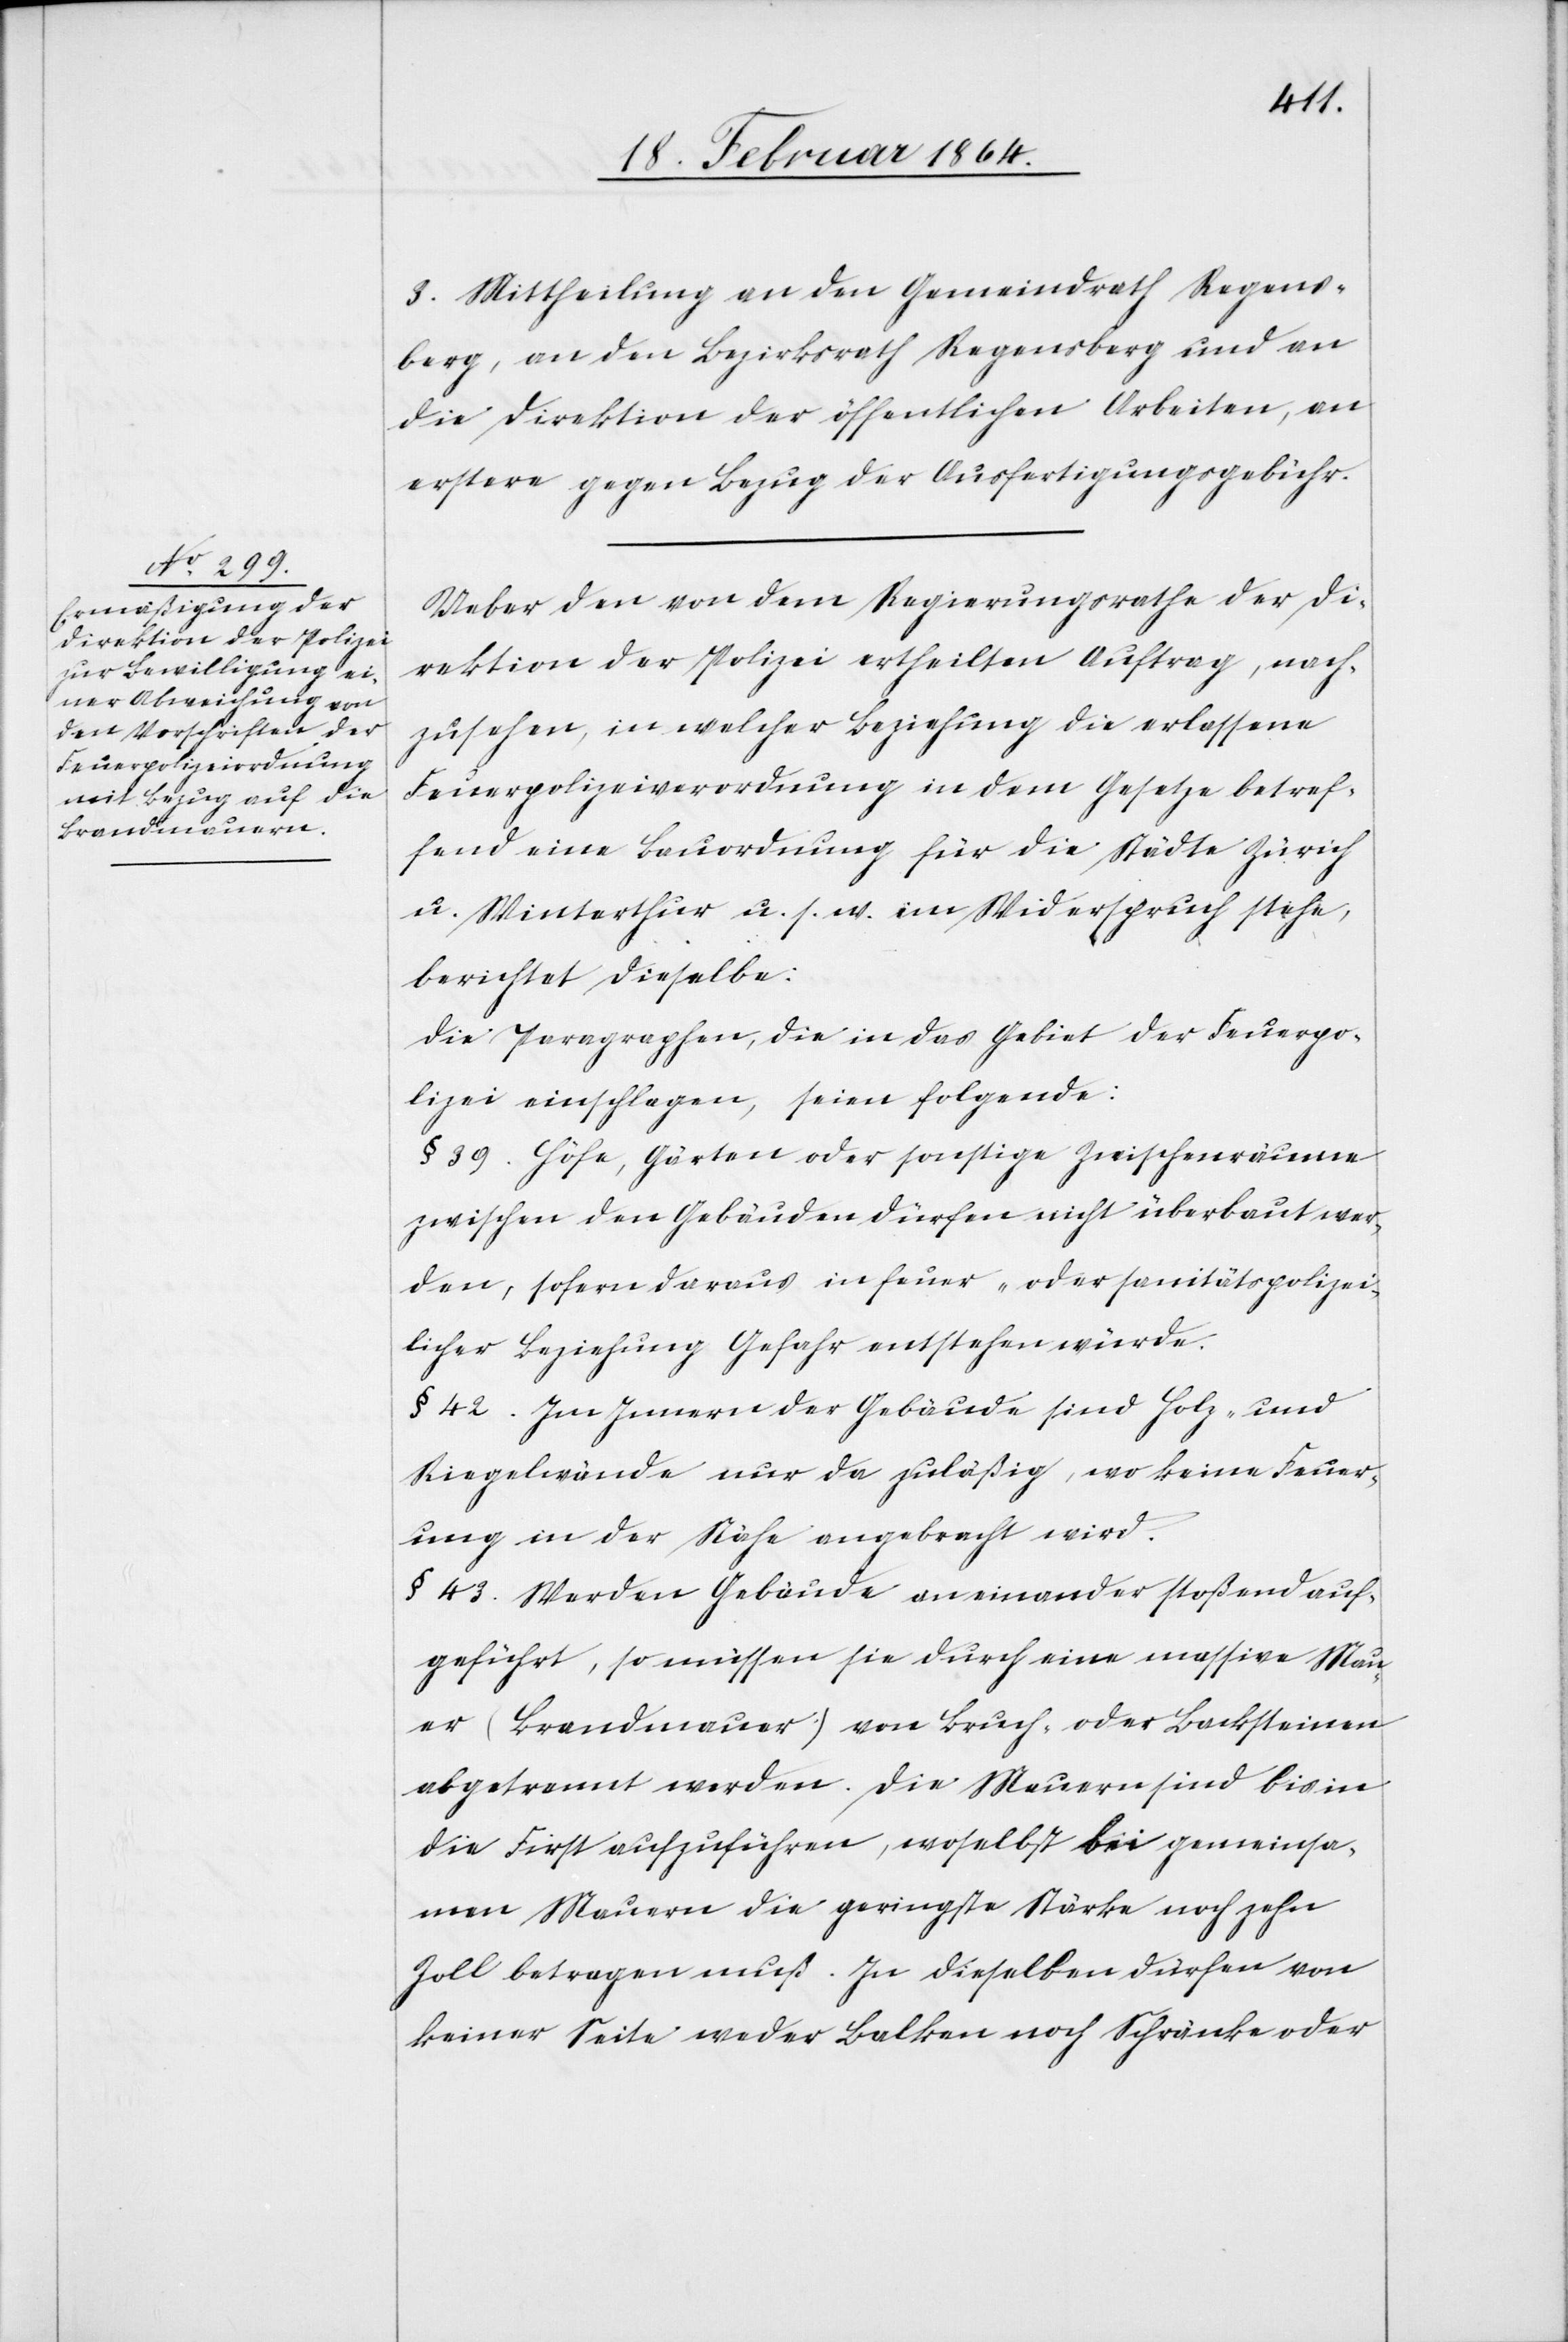
polizei¬
3. Mittheilung an den Gemeindrath Regens¬
berg, an den Bezirksrath Regensberg und an
die Direktion der öffentlichen Arbeiten, an
erstere gegen Bezug der Ausfertigungsgebühr.
Ueber den von dem Regierungsrathe der Di¬
rektion der Polizei ertheilten Auftrag, nach¬
zusehen, in welcher Beziehung die erlassene
Feuerpolizeiverordnung in dem Gesetze betref¬
fend eine Bauordnung für die Städte Zürich
u. Winterthur u. s. w. im Widerspruch stehe,
berichtet dieselbe:
Die Paragraphen, die in das Gebiet der Feuerpo¬
lizei einschlagen, seien folgende:
§ 39. Höfe, Gärten oder sonstige Zwischenräume
zwischen den Gebäuden dürfen überbaut werden, sofern
licher Beziehung Gefahr entstehen würde.
§ 42. Im Innern der Gebäude sind Holz- und
Riegelwände nur da zuläßig, wo keine Feuer¬
ung in der Nähe angebracht wird.
§ 43. Werden Gebäude aneinander stoßend auf¬
geführt, so müssen sie durch eine massive Mau¬
er (Brandmauer) von Bruch- oder Lacksteinen
abgetrennt werden. Die Mauern sind bis in
die First aufzuführen, woselbst bei gemeinsa¬
men Mauern die geringste Stärke noch zehn
Zoll betragen muß. In dieselben dürfen von
keiner Seite weder Balkon noch Schränke oder